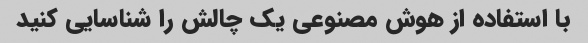
با استفاده از هوش مصنوعی یک چالش را شناسایی کنید